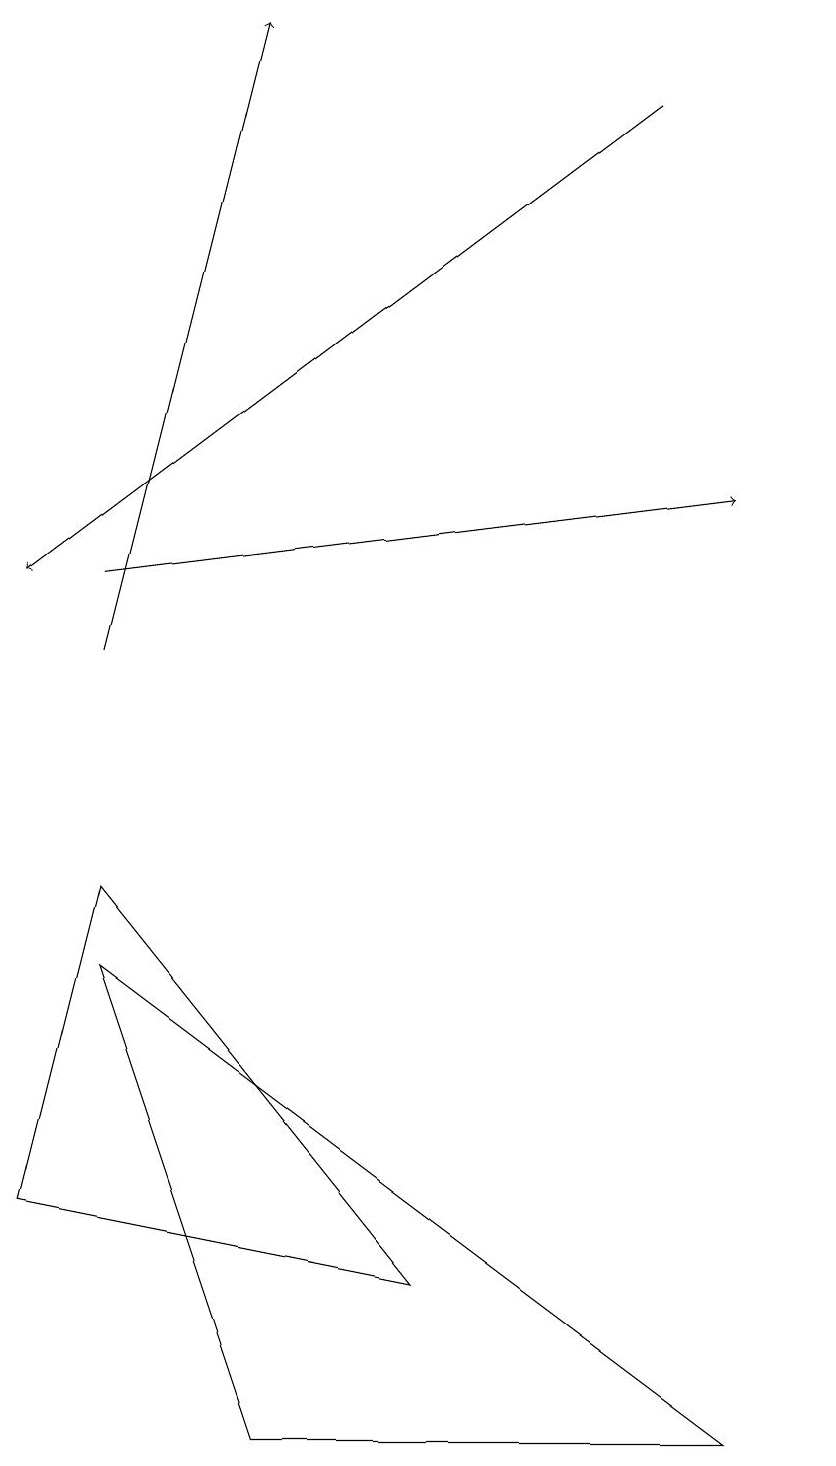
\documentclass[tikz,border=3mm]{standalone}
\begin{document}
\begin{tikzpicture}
\draw (1,7) -- (0,3) -- (5,2) -- cycle;
\draw[->] (1,10) -- (3,18);
\draw[->] (8,17) -- (0,11);
\draw (9,0) -- (3,0) -- (1,6) -- cycle;
\draw (10,11) circle (0);
\draw[->] (1,11) -- (9,12);
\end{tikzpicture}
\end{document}